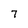
Character: 7